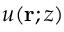
u ( \mathbf { r } ; z )